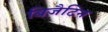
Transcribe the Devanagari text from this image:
बिज़ैटिन